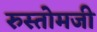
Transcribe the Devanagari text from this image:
रुस्तोमजी